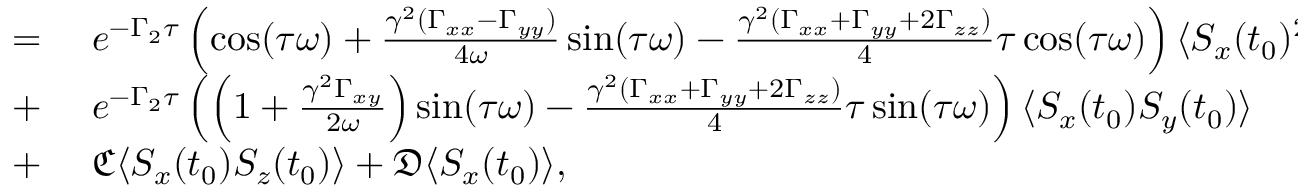
\begin{array} { r l } { = } & { { } \mathrm { ~ } e ^ { - \Gamma _ { 2 } \tau } \left( \cos ( \tau \omega ) + \frac { \gamma ^ { 2 } ( \Gamma _ { x x } - \Gamma _ { y y } ) } { 4 \omega } \sin ( \tau \omega ) - \frac { \gamma ^ { 2 } ( \Gamma _ { x x } + \Gamma _ { y y } + 2 \Gamma _ { z z } ) } { 4 } \tau \cos ( \tau \omega ) \right) \langle S _ { x } ( t _ { 0 } ) ^ { 2 } \rangle } \\ { + } & { { } \mathrm { ~ } e ^ { - \Gamma _ { 2 } \tau } \left( \left( 1 + \frac { \gamma ^ { 2 } \Gamma _ { x y } } { 2 \omega } \right) \sin ( \tau \omega ) - \frac { \gamma ^ { 2 } ( \Gamma _ { x x } + \Gamma _ { y y } + 2 \Gamma _ { z z } ) } 4 \tau \sin ( \tau \omega ) \right) \langle S _ { x } ( t _ { 0 } ) S _ { y } ( t _ { 0 } ) \rangle } \\ { + } & { { } \mathrm { ~ } \mathfrak { C } \langle S _ { x } ( t _ { 0 } ) S _ { z } ( t _ { 0 } ) \rangle + \mathfrak { D } \langle S _ { x } ( t _ { 0 } ) \rangle , } \end{array}